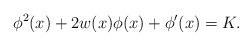
LaTeX: \begin{align*} \phi^2(x) + 2 w(x) \phi(x) + \phi^\prime(x)=K .\end{align*}